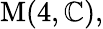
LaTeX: {\mathrm{M}}(4,\mathbb{C}),